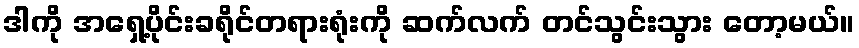
ဒါကို အရှေ့ပိုင်းခရိုင်တရားရုံးကို ဆက်လက် တင်သွင်းသွား တော့မယ်။